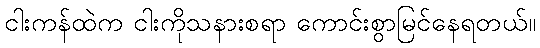
ငါးကန်ထဲက ငါးကိုသနားစရာ ကောင်းစွာမြင်နေရတယ်။